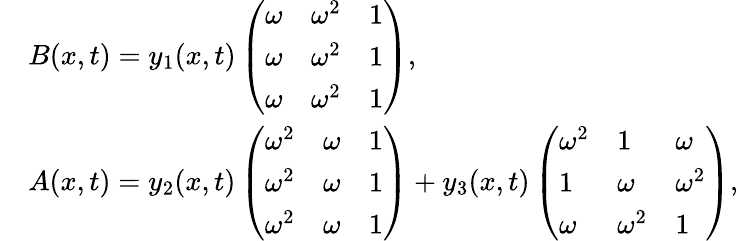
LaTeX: \begin{array}{rl}&{B(x,t)=y_{1}(x,t)\left(\begin{array}{lll}{\omega}&{\omega^{2}}&{1}\\ {\omega}&{\omega^{2}}&{1}\\ {\omega}&{\omega^{2}}&{1}\end{array}\right),}\\ &{A(x,t)=y_{2}(x,t)\left(\begin{array}{lll}{\omega^{2}}&{\omega}&{1}\\ {\omega^{2}}&{\omega}&{1}\\ {\omega^{2}}&{\omega}&{1}\end{array}\right)+y_{3}(x,t)\left(\begin{array}{lll}{\omega^{2}}&{1}&{\omega}\\ {1}&{\omega}&{\omega^{2}}\\ {\omega}&{\omega^{2}}&{1}\end{array}\right),}\end{array}